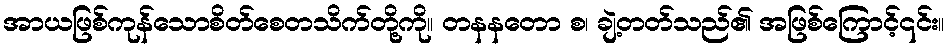
အာယဖြစ်ကုန်သောစိတ်စေတသိက်တို့ကို။ တနနတော စ၊ ချဲ့တတ်သည်၏ အဖြစ်ကြောင့်၎င်း။